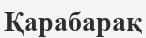
Қарабарақ